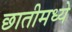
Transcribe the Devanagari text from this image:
छातीमध्ये